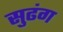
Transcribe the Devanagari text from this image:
सुढंग